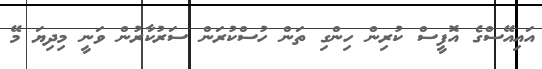
އައިއޭސްގެ އޮފީސް ކުރިން ހިންގި ތަން ހުސްކުރަން ސަރުކާރުން ވަނީ މިދިޔަ މޭ